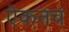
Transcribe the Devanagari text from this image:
ऐकतच